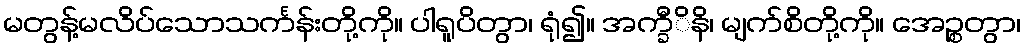
မတွန့်မလိပ်သောသင်္ကန်းတို့ကို။ ပါရူပိတွာ၊ ရုံ၍။ အက္ခီိနိ၊ မျက်စိတို့ကို။ အေဉ္စတွာ၊